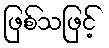
ဖြစ်သဖြင့်